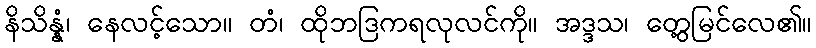
နိသိန္နံ၊ နေလင့်သော။ တံ၊ ထိုဘဒြကရလုလင်ကို။ အဒ္ဒသ၊ တွေ့မြင်လေ၏။